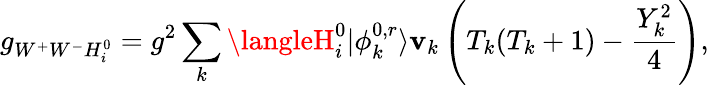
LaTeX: g_{W^{+}W^{-}H_{i}^{0}}=g^{2}\sum_{k}\langleH_{i}^{0}|\phi_{k}^{0,r}\rangle\mathbf{v}_{k}\left(T_{k}(T_{k}+1)-\frac{{Y_{k}^{2}}}{{4}}\right),